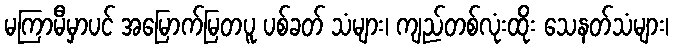
မကြာမီမှာပင် အမြောက်မြတပူ ပစ်ခတ် သံများ၊ ကျည်တစ်လုံးထိုး သေနတ်သံများ၊